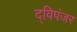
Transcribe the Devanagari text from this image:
द्विपंजर